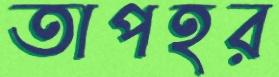
তাপহর